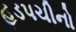
હડપચીનો